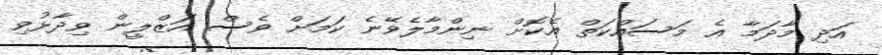
އަދި މާދަމާ އެ މަސައްކަތް އެކޮށް ނިންމާލެވޭނެ ކަމަށް ވެސް އަޒްލީން ވިދާޅުވި